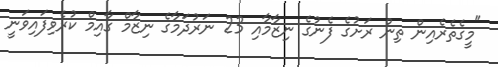
"މީގެތެރެއިން ތިން ރަށުގެ ފެނުގެ ނިޒާމާއި 23 ނަރުދަމާގެ ނިޒާމް ގާއިމް ކުރެވިފައިވަނީ